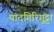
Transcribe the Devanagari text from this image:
यादगिरिगुट्टा